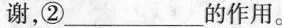
谢，②___的作用。